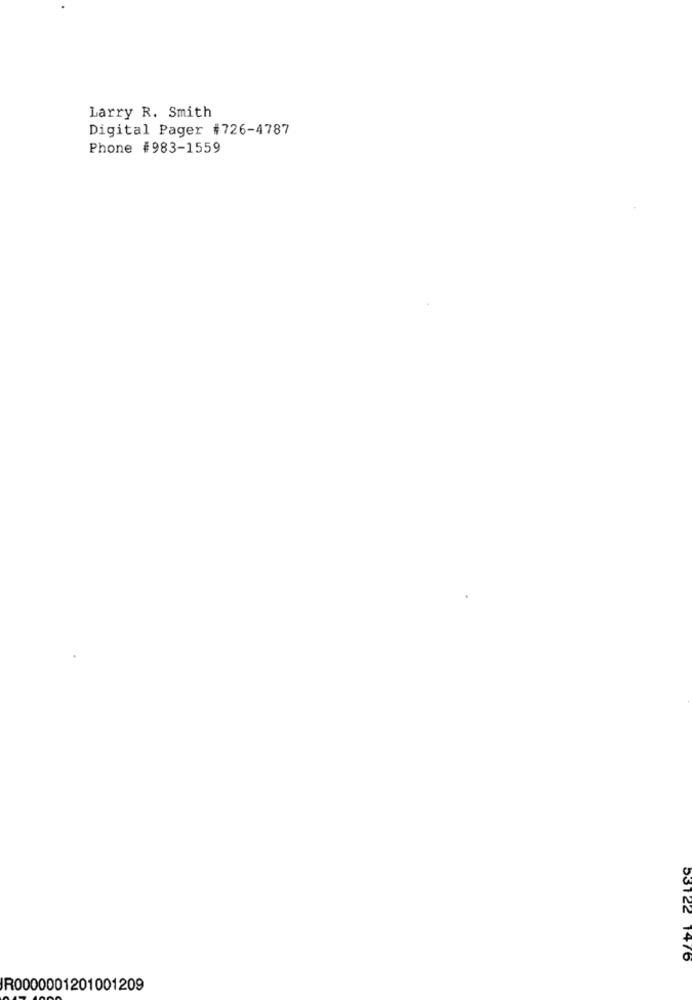
Larry R. Smith
Digital Pager #726-4787
Phone #983-1559
53122 1476
JR0000001201001209